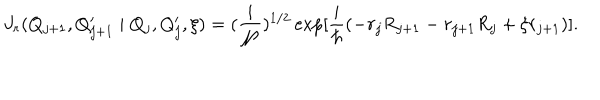
J _ { r } ( Q _ { j + 1 } , Q _ { j + 1 } ^ { \prime } \mid Q _ { j } , Q _ { j } ^ { \prime } , \xi ) = ( \frac { i } { \cal N } ) ^ { 1 / 2 } \exp [ \frac { i } { \hbar } ( - r _ { j } R _ { j + 1 } - r _ { j + 1 } R _ { j } + \xi r _ { j + 1 } ) ] .